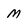
Character: M